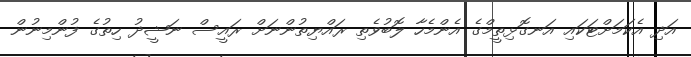
އަދި އެކަމަށްޓަކައި އަނގޮޅިތީމްގެ އެންމެހާ ލޮބުވެތި ރައްޔިތުންނަށް ރައީސް ނަޝީދު ހިތުގެ ފުންމިނުން